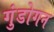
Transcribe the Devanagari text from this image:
गुंडोगन